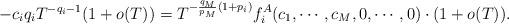
LaTeX: \begin{align*}-c_iq_i T^{-q_i-1} (1 + o(T)) = T^{-\frac{q_M}{p_M}(1 + p_i)} f_i^A (c_1 , \cdots ,c_M, 0, \cdots ,0) \cdot (1 + o(T)).\end{align*}